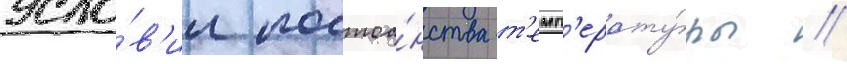
усло́в'ии постоа́нства т'емп'ерату́ры //